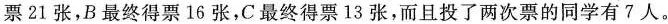
票21张，B最终得票16张，C最终得票13张，而且投了两次票的同学有7人。